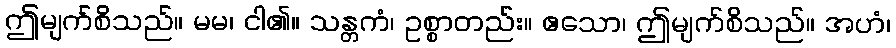
ဤမျက်စိသည်။ မမ၊ ငါ၏။ သန္တကံ၊ ဥစ္စာတည်း။ ဧသော၊ ဤမျက်စိသည်။ အဟံ၊